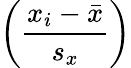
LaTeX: \left({\frac{x_{i}-{\bar{x}}}{s_{x}}}\right)